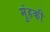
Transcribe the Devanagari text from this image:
मुंहकी